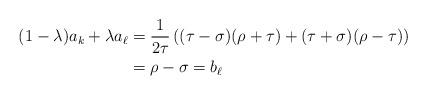
LaTeX: \begin{align*}(1 - \lambda ) a_k + \lambda a_{\ell} & = \frac{ 1}{2 \tau} \left( (\tau - \sigma)(\rho + \tau) + (\tau + \sigma)(\rho - \tau) \right) \\ & = \rho - \sigma = b_{\ell} \end{align*}